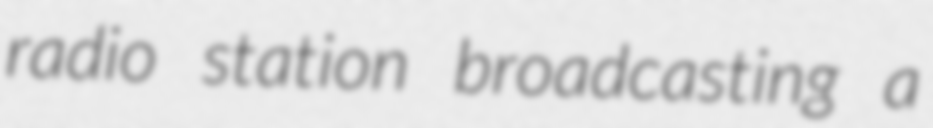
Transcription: radio station broadcasting a